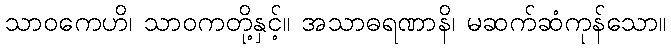
သာဝကေဟိ၊ သာဝကတို့နှင့်။ အသာဓရဏာနိ၊ မဆက်ဆံကုန်သော။